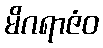
မိဂရာဇံဝ